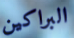
البراكين